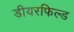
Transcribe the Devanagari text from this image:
डीयरफिल्ड